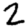
Digit: 2